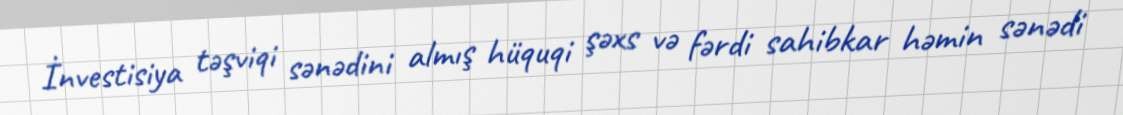
İnvestisiya təşviqi sənədini almış hüquqi şəxs və fərdi sahibkar həmin sənədi